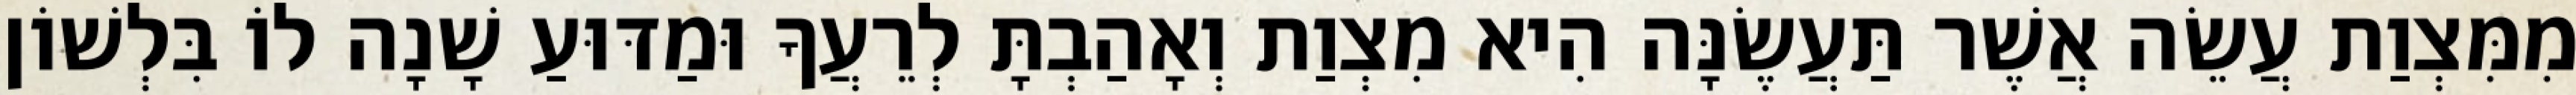
מִמִּצְוַת עֲשֵׂה אֲשֶׁר תַּעֲשֶׂנָּה הִיא מִצְוַת וְאָהַבְתָּ לְרֵעֲךָ וּמַדּוּעַ שָׁנָה לוֹ בִּלְשׁוֹן